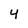
Character: 4